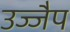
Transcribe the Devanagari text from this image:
उज्जैप